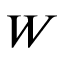
W